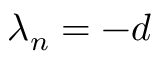
\lambda _ { n } = - d